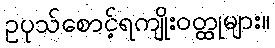
ဥပုသ်စောင့်ရကျိုးဝတ္ထုများ။